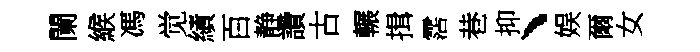
闌緱馮觉績百静讚古輾揖霑巷抑、娱爾女